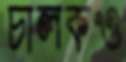
চালকও